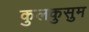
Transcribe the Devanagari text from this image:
कुलकुसुम